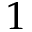
1